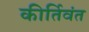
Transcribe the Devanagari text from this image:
कीर्तिवंत